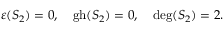
\varepsilon ( S _ { 2 } ) = 0 , \quad \mathrm { g h } ( S _ { 2 } ) = 0 , \quad \mathrm { d e g } ( S _ { 2 } ) = 2 .